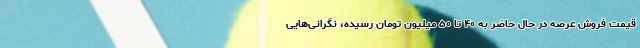
قیمت فروش عرصه در حال حاضر به ۴۰ تا ۵۰ میلیون تومان رسیده، نگرانی‌هایی